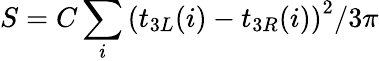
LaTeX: S=C\sum_{i}\left(t_{3L}(i)-t_{3R}(i)\right)^{2}/3\pi